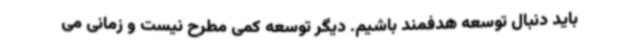
باید دنبال توسعه هدفمند باشیم. دیگر توسعه کمی مطرح نیست و زمانی می